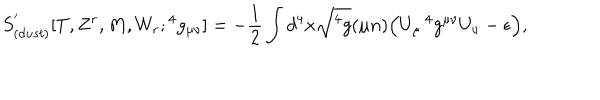
S _ { ( d u s t ) } ^ { ' } [ T , Z ^ { r } , M , W _ { r } ; { } ^ { 4 } g _ { \mu \nu } ] = - { \frac { 1 } { 2 } } \int d ^ { 4 } x \sqrt { { } ^ { 4 } g } ( \mu n ) \Big ( U _ { \mu } \, { } ^ { 4 } g ^ { \mu \nu } U _ { \nu } - \epsilon \Big ) ,